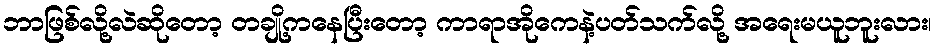
ဘာဖြစ်လို့လဲဆိုတော့ တချို့ကနေပြီးတော့ ကာရာအိုကေနဲ့ပတ်သက်လို့ အရေးမယူဘူးလား၊